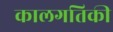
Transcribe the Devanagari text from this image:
कालगतिकी